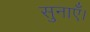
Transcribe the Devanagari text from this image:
सुनाएँ।